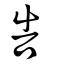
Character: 告